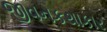
જીવનકથાકાર